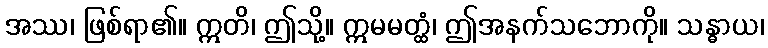
အဿ၊ ဖြစ်ရာ၏။ ဣတိ၊ ဤသို့။ ဣမမတ္ထံ၊ ဤအနက်သဘောကို။ သန္ဓာယ၊